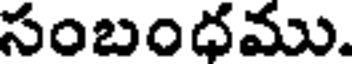
సంబంధము.